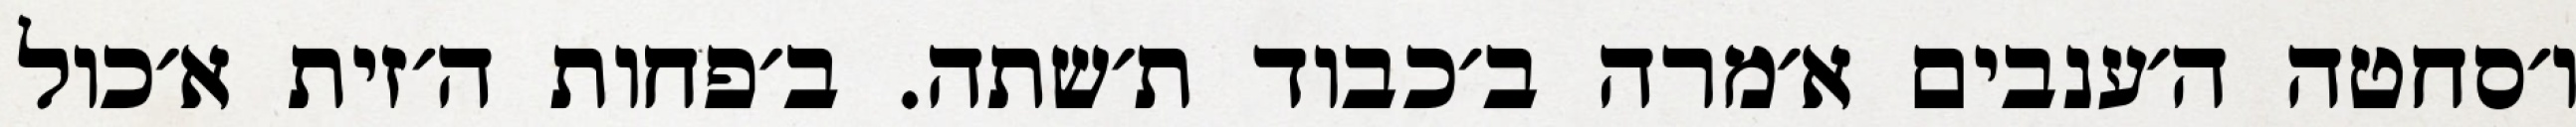
ו׳סחטה ה׳ענבים א׳מרה ב׳כבוד ת׳שתה. ב׳פחות ה׳זית א׳כול